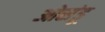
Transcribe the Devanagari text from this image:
ओसंडू